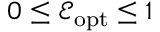
0 \leq \mathcal E _ { \mathrm { o p t } } \leq 1